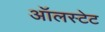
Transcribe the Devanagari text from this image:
ऑलस्टेट